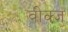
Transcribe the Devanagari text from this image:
वीक्ज